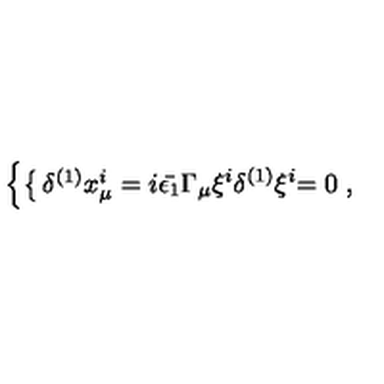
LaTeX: \left\{ \begin{cases} { \delta ^ { ( 1 ) } x _ { \mu } ^ { i } } & { = i \bar { \epsilon _ { 1 } } \Gamma _ { \mu } \xi ^ { i } } \\ { \delta ^ { ( 1 ) } \xi ^ { i } } & { = 0 } \\ \end{cases} \right. ,